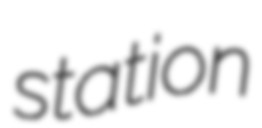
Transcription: station